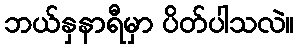
ဘယ်နှနာရီမှာ ပိတ်ပါသလဲ။